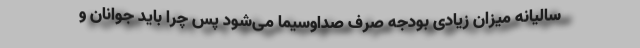
سالیانه میزان زیادی بودجه صرف صداوسیما می‌شود پس چرا باید جوانان و